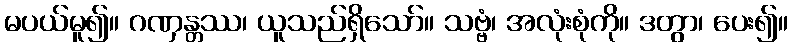
မပယ်မူ၍။ ဂဏှန္တဿ၊ ယူသည်ရှိသော်။ သဗ္ဗံ၊ အလုံးစုံကို။ ဒတွာ၊ ပေး၍။